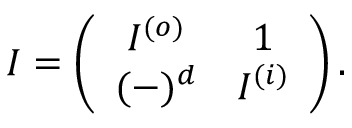
I = \left( \begin{array} { c c } { { I ^ { ( o ) } } } & { { 1 } } \\ { { ( - ) ^ { d } } } & { { I ^ { ( i ) } } } \end{array} \right) .